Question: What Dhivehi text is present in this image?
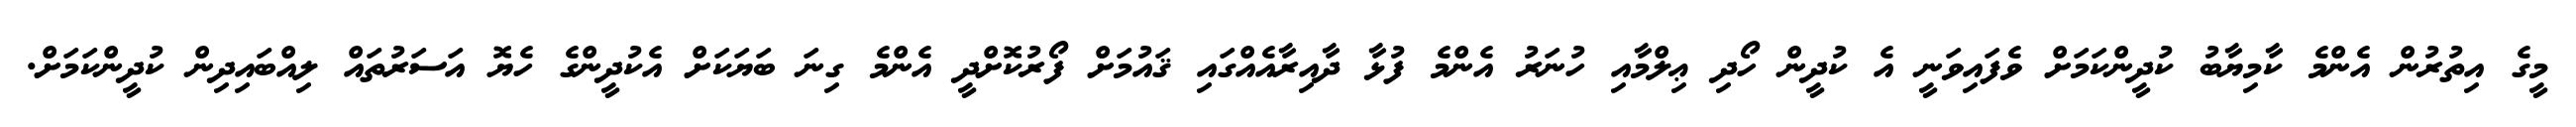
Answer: މީގެ އިތުރުން އެންމެ ކާމިޔާބު ކުދީންކަމަށް ވެފައިވަނީ އެ ކުދީން ހޯދި ޢިލްމާއި ހުނަރު އެންމެ ފުޅާ ދާއިރާއެއްގައި ޤައުމަށް ފޯރުކޮށްދީ އެންމެ ގިނަ ބަޔަކަށް އެކުދީންގެ ހެޔޮ އަސަރުތައް ލިއްބައިދިން ކުދީންކަމަށް.